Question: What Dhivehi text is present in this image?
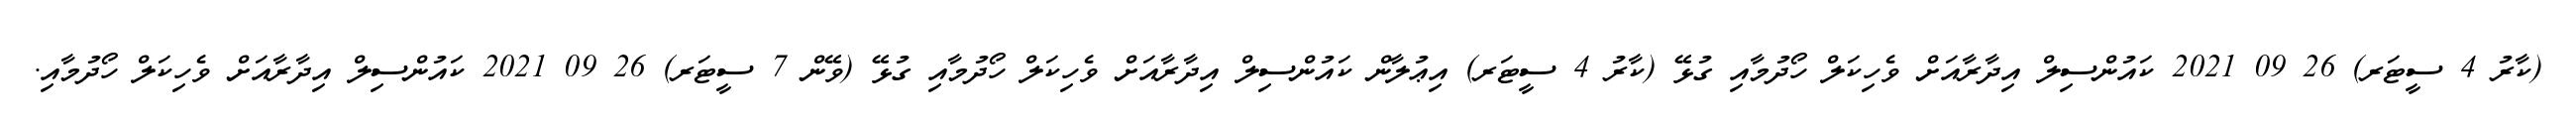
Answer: (ކާރު 4 ސީޓަރ) 26 09 2021 ކައުންސިލް އިދާރާއަށް ވެހިކަލް ހޯދުމާއި ގުޅޭ (ކާރު 4 ސީޓަރ) އިޢުލާން ކައުންސިލް އިދާރާއަށް ވެހިކަލް ހޯދުމާއި ގުޅޭ (ވޭން 7 ސީޓަރ) 26 09 2021 ކައުންސިލް އިދާރާއަށް ވެހިކަލް ހޯދުމާއި.